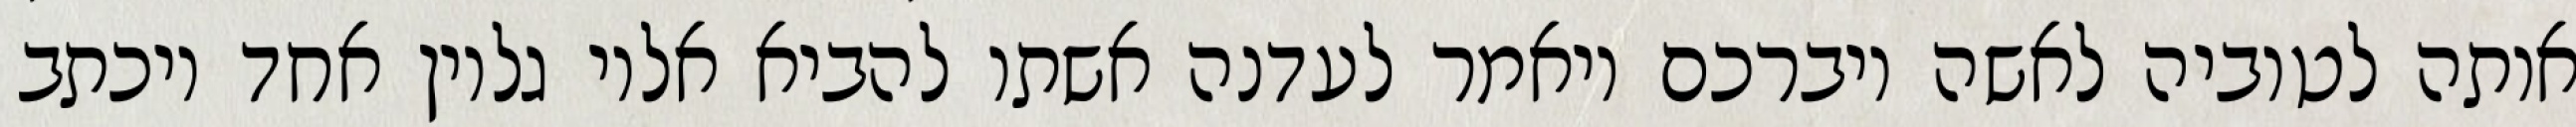
אותה לטוביה לאשה ויברכם ויאמר לעדנה אשתו להביא אליו גליון אחד ויכתב